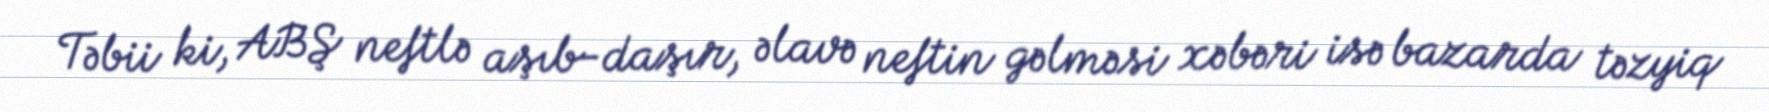
Təbii ki, ABŞ neftlə aşıb-daşır, əlavə neftin gəlməsi xəbəri isə bazarda təzyiq